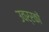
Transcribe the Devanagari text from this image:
उवर्रकों